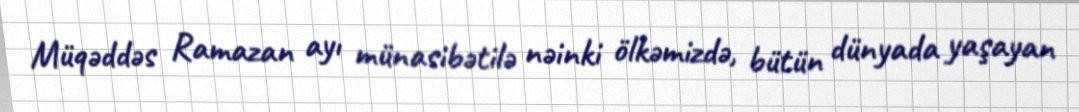
Müqəddəs Ramazan ayı münasibətilə nəinki ölkəmizdə, bütün dünyada yaşayan